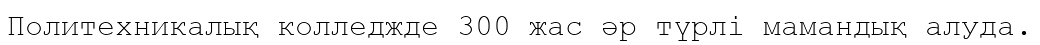
Политехникалық колледжде 300 жас әр түрлі мамандық алуда.